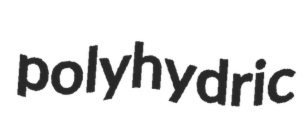
polyhydric